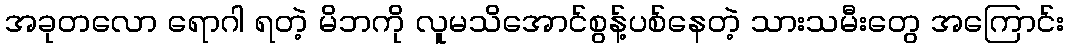
အခုတလော ရောဂါ ရတဲ့ မိဘကို လူမသိအောင်စွန့်ပစ်နေတဲ့ သားသမီးတွေ အကြောင်း